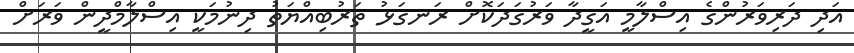
އަދި ދަރިވަރުންގެ އިސްލާމީ އަގީދާ ވަރުގަދަކޮށް ރަނގަޅު ތަރުބިއްޔަތު ދިނުމަކީ އިސްލާމްދީން ވަރަށް